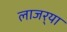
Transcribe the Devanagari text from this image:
लाजर्‍या